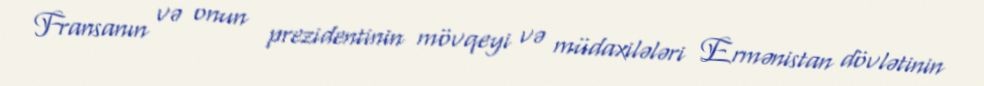
Fransanın və onun prezidentinin mövqeyi və müdaxilələri Ermənistan dövlətinin